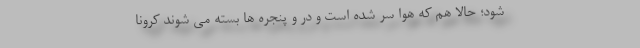
شود؛ حالا هم که هوا سر شده است و در و پنجره ها بسته می شوند کرونا